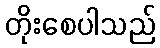
တိုးစေပါသည်